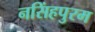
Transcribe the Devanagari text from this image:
नसिंहपुरम